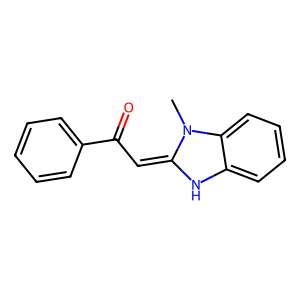
SMILES: CN1C(=CC(=O)c2ccccc2)Nc2ccccc21
Inhibits HIV replication: No